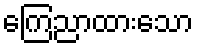
ကြေညာထားသော